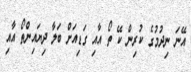
އޭނަ ނިދުމުގެ ކުރިން ކޭ ތޯ އާއި ގަޑިއަށް ބަލާ ދިޔައިންތޯ އާއި